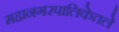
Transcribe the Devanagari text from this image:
महानगरपालिकेतले